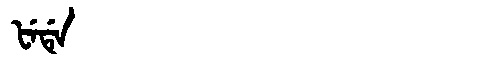
Manchu: ᡶᡝᡩᡝ
Romanization: FEDE